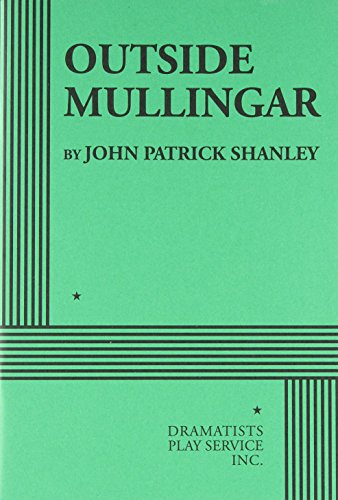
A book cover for Outside Mullingar; John Patrick Shanley; Humor & Entertainment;